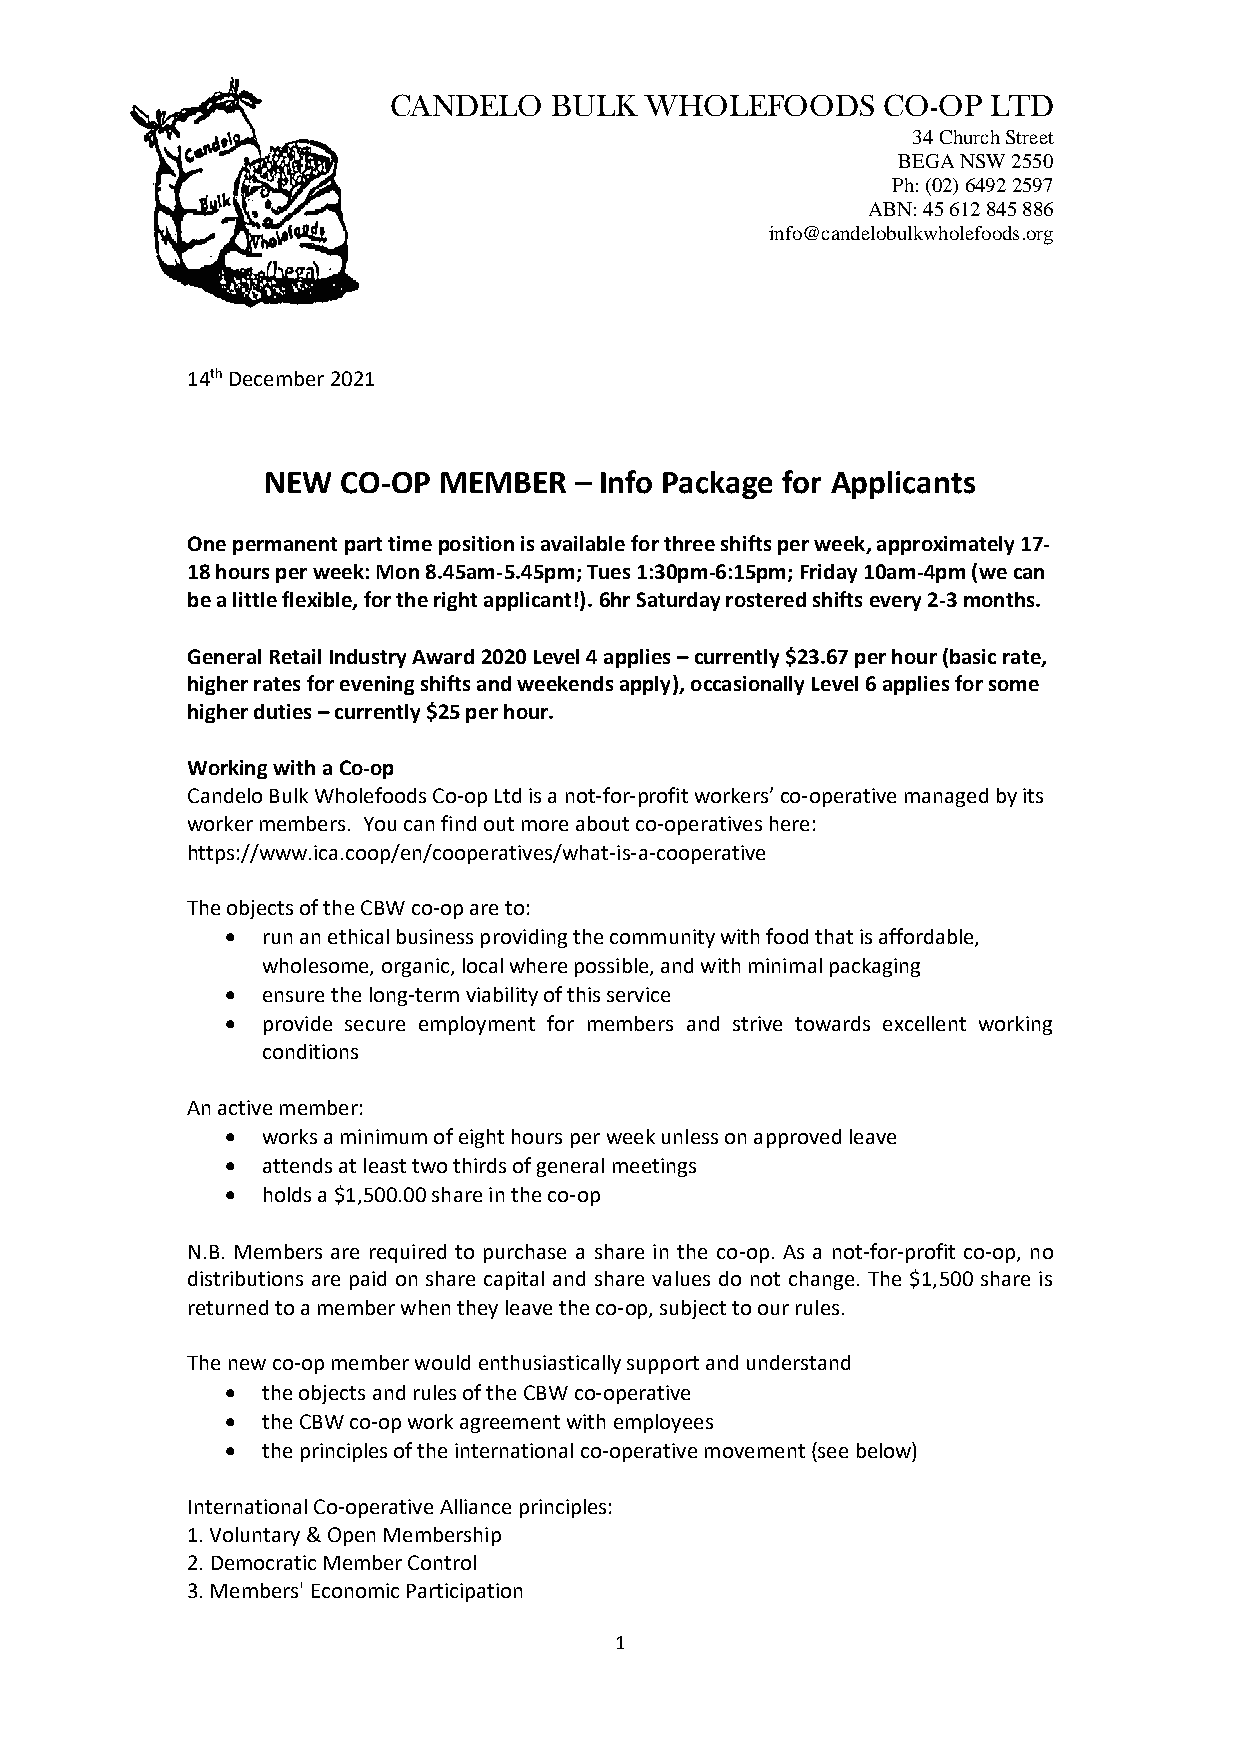
CANDELO   BULK   WHOLEFOODS     CO-OP  LTD
 34 Church Street
 BEGA NSW 2550
 Ph: (02) 6492 2597
 ABN: 45 612 845 886
 info@candelobulkwholefoods.org
 14th December 2021
 NEW   CO-OP MEMBER   – Info Package for Applicants
 One permanent part time position is available for three shifts per week, approximately 17-
 18 hours per week: Mon 8.45am-5.45pm; Tues 1:30pm-6:15pm; Friday 10am-4pm (we can
 be a little flexible, for the right applicant!). 6hr Saturday rostered shifts every 2-3 months.
 General Retail Industry Award 2020 Level 4 applies – currently $23.67 per hour (basic rate,
 higher rates for evening shifts and weekends apply), occasionally Level 6 applies for some
 higher duties – currently $25 per hour.
 Working with a Co-op
 Candelo Bulk Wholefoods Co-op Ltd is a not-for-profit workers’ co-operative managed by its
 worker members. You can find out more about co-operatives here:
 https://www.ica.coop/en/cooperatives/what-is-a-cooperative
 The objects of the CBW co-op are to:
 • run an ethical business providing the community with food that is affordable,
 wholesome, organic, local where possible, and with minimal packaging
 • ensure the long-term viability of this service
 • provide secure employment for members and strive towards excellent working
 conditions
 An active member:
 • works a minimum of eight hours per week unless on approved leave
 • attends at least two thirds of general meetings
 • holds a $1,500.00 share in the co-op
 N.B. Members are required to purchase a share in the co-op. As a not-for-profit co-op, no
 distributions are paid on share capital and share values do not change. The $1,500 share is
 returned to a member when they leave the co-op, subject to our rules.
 The new co-op member would enthusiastically support and understand
 • the objects and rules of the CBW co-operative
 • the CBW co-op work agreement with employees
 • the principles of the international co-operative movement (see below)
 International Co-operative Alliance principles:
 1. Voluntary & Open Membership
 2. Democratic Member Control
 3. Members' Economic Participation
 1